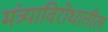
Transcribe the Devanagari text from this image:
मंत्र्याविरोधातील